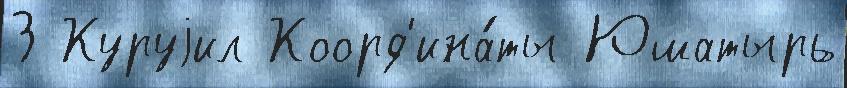
З Куруjил Коорд'ина́ты Юшатырь